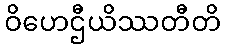
ဝိဟေဌီယိဿတီတိ